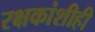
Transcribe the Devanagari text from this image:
रक्षकांशीही